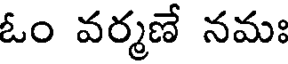
ఓం వర్మణే నమః